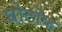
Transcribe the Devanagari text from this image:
घोटोक